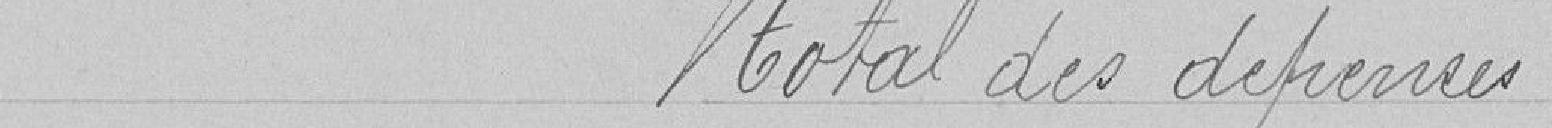
Total des dépenses